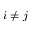
i \neq j